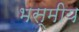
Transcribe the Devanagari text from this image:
भस्मीय